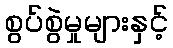
စွပ်စွဲမှုများနှင့်